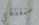
سنلتقي